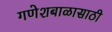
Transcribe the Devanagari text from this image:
गणेशबाळासाठी